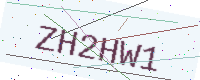
Text: ZH2HW1